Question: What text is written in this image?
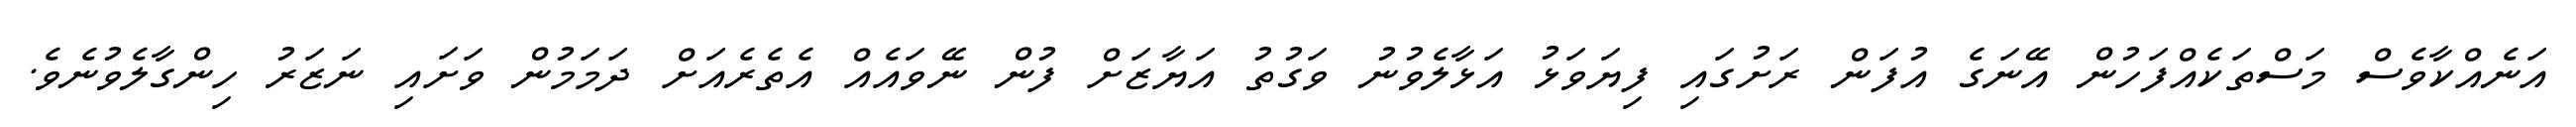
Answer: އަނެއްކާވެސް މަސްތަކެއްފަހުން އޭނަގެ އުފަން ރަށުގައި ފިޔަވަޅު އަޅާލެވުނު ވަގުތު އަޔާޒަށް ފުން ނޭވައެއް އެތެރެއަށް ދަމަމުން ވަށައި ނަޒަރު ހިންގާލެވުނެވެ.